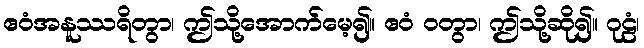
ဧဝံအနူဿရိတွာ၊ ဤသို့အောက်မေ့၍။ ဧဝံ ဝတွာ၊ ဤသို့ဆို၍။ ဂုဠံ၊